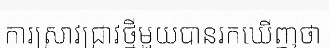
ការស្រាវជ្រាវថ្មីមួយបានរកឃើញថា